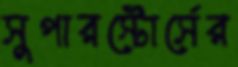
সুপারস্টোর্সের